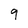
Character: 9